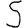
Digit: 5